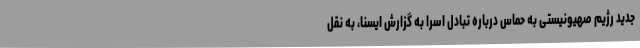
جدید رژیم صهیونیستی به حماس درباره تبادل اسرا به گزارش ایسنا، به نقل